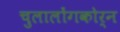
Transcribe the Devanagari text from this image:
चुलालोंगकोर्न